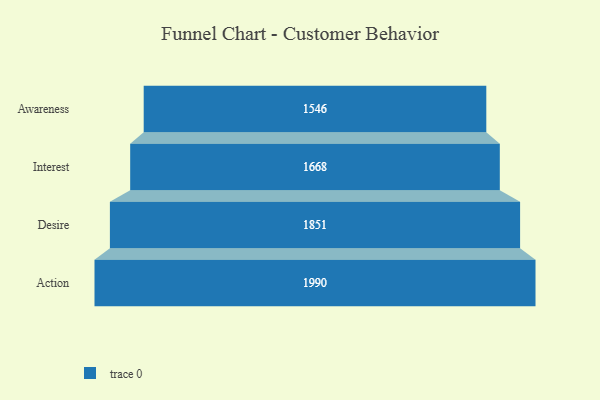
{"axis": {"x": "Stage", "y": "Value"}, "legend": [""], "data": [{"x": "Awareness", "y": 1546.0, "type": ""}, {"x": "Interest", "y": 1668.0, "type": ""}, {"x": "Desire", "y": 1851.0, "type": ""}, {"x": "Action", "y": 1990.0, "type": ""}]}